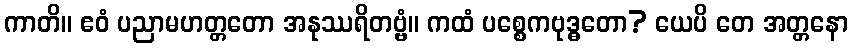
ကာတိ။ ဧဝံ ပညာမဟတ္တတော အနုဿရိတဗ္ဗံ။ ကထံ ပစ္စေကဗုဒ္ဓတော? ယေပိ တေ အတ္တနော